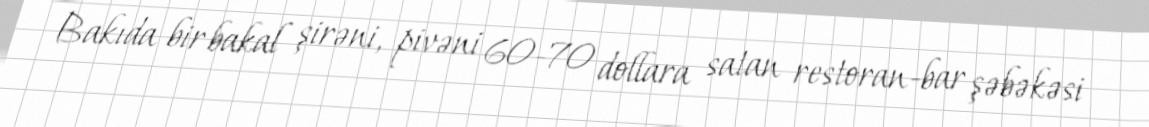
Bakıda bir bakal şirəni, pivəni 60-70 dollara satan restoran-bar şəbəkəsi